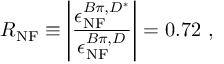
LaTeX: R _ { \mathrm { N F } } \equiv \Bigg | \frac { \epsilon _ { \mathrm { N F } } ^ { B \pi , D ^ { * } } } { \epsilon _ { \mathrm { N F } } ^ { B \pi , D } } \Bigg | = 0 . 7 2 ~ ,